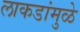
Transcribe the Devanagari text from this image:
लाकडांमुळे